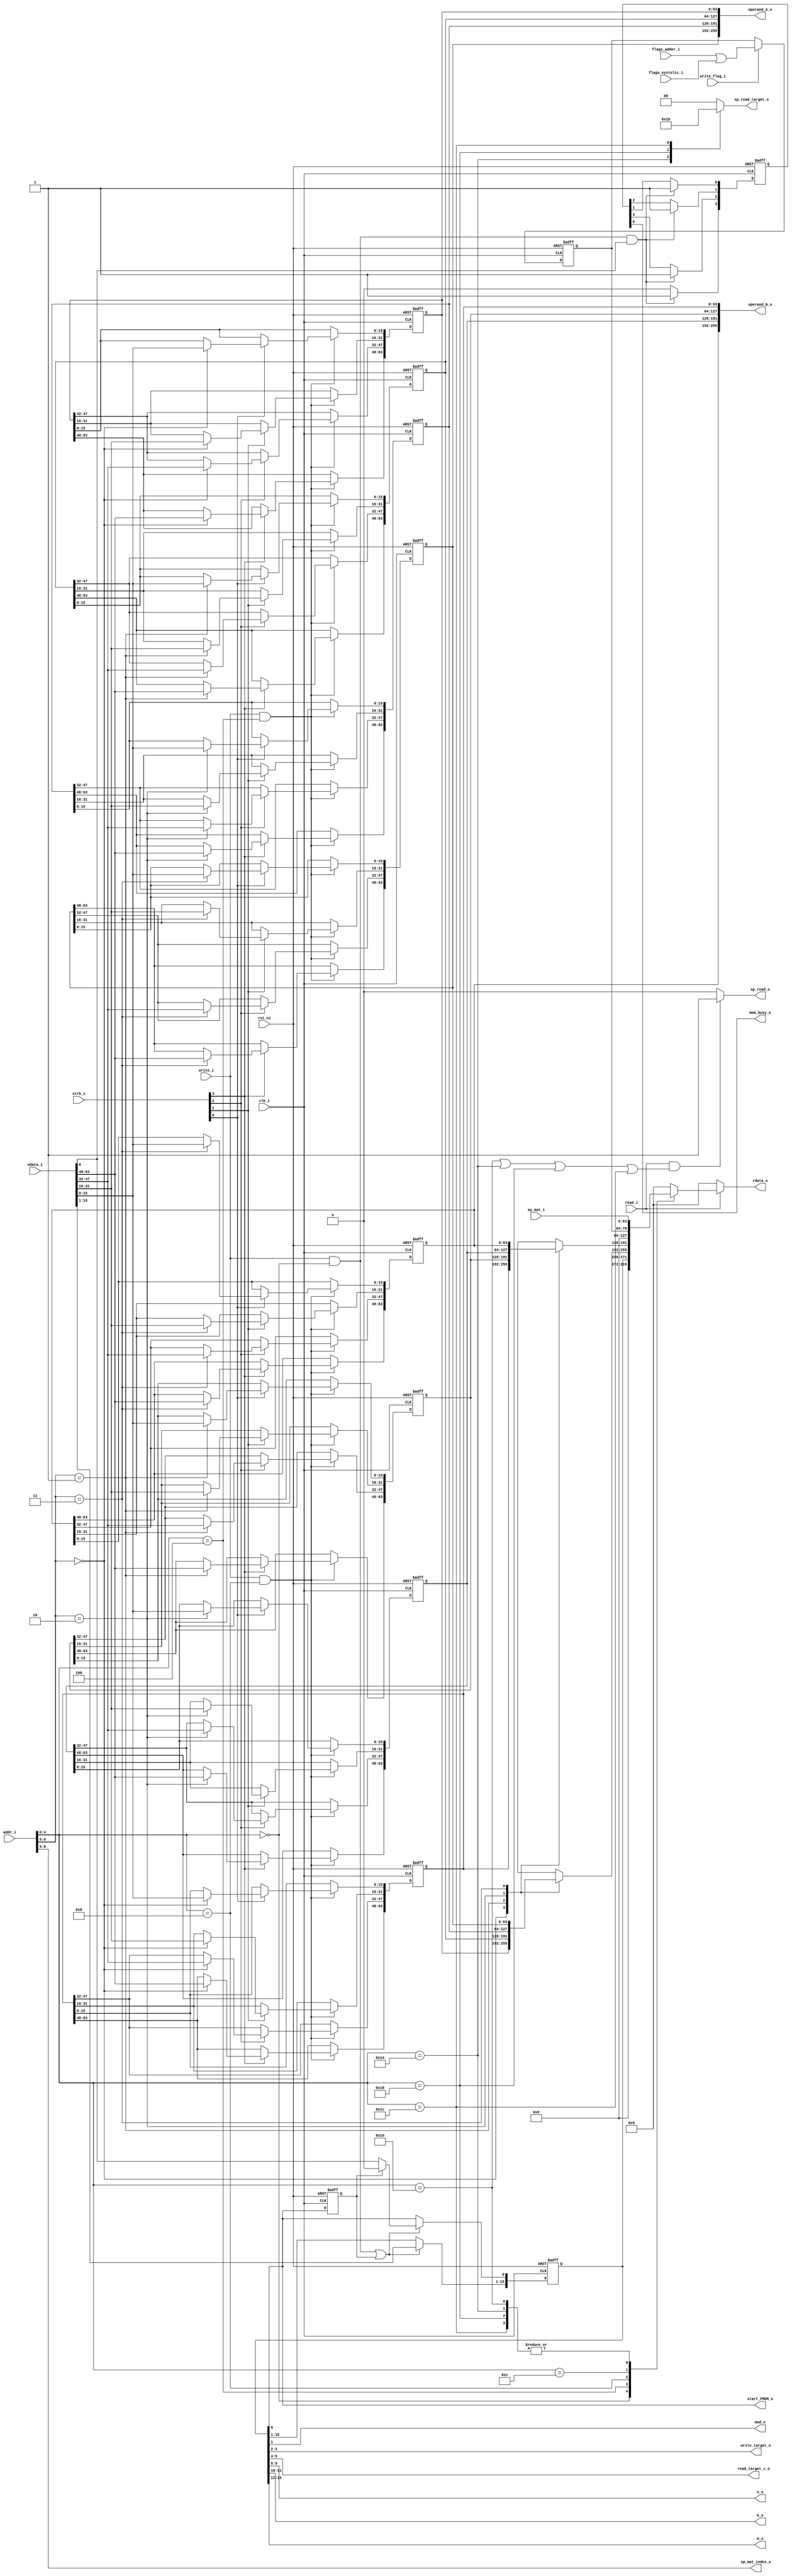
//
// Verilog Module Multiplexer_Accelarator_lib.memory_decoder
//
// Created:
//          by - rossy.UNKNOWN (SHOHAM)
//          at - 22:16:17 01/21/2024
//
// using Mentor Graphics HDL Designer(TM) 2019.2 (Build 5)
//

`resetall
`timescale 1ns/10ps
module memory(clk_i, rst_ni, sp_mat_i, addr_i, read_i, write_i, wdata_i, flags_adder_i, flags_systolic_i, write_flag_i,strb_i, rdata_o, mod_o, 
 sp_read_o, sp_read_target_o, operand_A_o, operand_B_o, start_FMEM_o, write_target_o, read_target_c_o, sp_mat_index_o,  n_o, k_o, m_o, mem_busy_o);



	// PARAMERES
    parameter DATA_WIDTH = 16; // width of the data BUS in bits
	parameter BUS_WIDTH = 64; // width of the BUS in bits
	parameter ADDR_WIDTH = 16; // width of addres BUS in bits
	localparam MAX_DIM = BUS_WIDTH/DATA_WIDTH; // max dimension of the matrix
	parameter SP_NTARGETS = 4; // number of optionally matrix targets in ScratchPad 
	
	input wire clk_i; // clock
	input wire rst_ni; // reset

	input wire [ADDR_WIDTH-1:0] addr_i; // 
	input wire [BUS_WIDTH-1:0] wdata_i;
	input wire write_i; // write signal from the apb module
	input wire read_i; // read signal from the apb module

	input wire [BUS_WIDTH-1:0] sp_mat_i; // matrix element that arrives from ScratchPad module
	input wire [MAX_DIM**2-1:0] flags_adder_i; // vector of carries that arrives from the Adder module
	input wire [MAX_DIM**2-1:0] flags_systolic_i; // vector of carries that arrives from the systolic array module
	input wire write_flag_i; // signal from the control that tells to write the carries to the flags register
	input wire [MAX_DIM-1:0] strb_i;


	output reg [BUS_WIDTH-1:0] rdata_o; // transfer element from this module to the APB module
	output wire mod_o; // tells the Adder module which operation to execute
	
	output wire [BUS_WIDTH*MAX_DIM-1:0] operand_A_o; // the first operand to multiply - assigned to the buffers module
	output wire [BUS_WIDTH*MAX_DIM-1:0] operand_B_o; // the second operand to multiply - assigned to the buffers module
	
	output reg [SP_NTARGETS/4:0] sp_read_target_o; // the target to read from ScratchPad
	output reg sp_read_o; // read from the ScratchPad
	output wire [MAX_DIM-1:0] sp_mat_index_o;
	
	output wire start_FMEM_o; // tells the control to start the multiply operation
	output wire [1:0] write_target_o; // tells the control what is the target to write in ScratchPad
	output wire [1:0] read_target_c_o; // tells the control what is the target to read from the ScratchPad as Matrix C

	output wire [1:0] n_o;
	output wire [1:0] k_o;
	output wire [1:0] m_o;
	
	output wire mem_busy_o;
	
	reg [15:0] control; // control register
	reg [DATA_WIDTH*MAX_DIM-1:0] matA [MAX_DIM-1:0]; // register that contains Matrix A
	reg [DATA_WIDTH*MAX_DIM-1:0] matB [MAX_DIM-1:0]; // register that contains Matrix B
	reg [MAX_DIM**2-1:0] flags; // register that contains the union of the carries vectors(from systolic array and Adder modules)
	reg rststart;
	reg [3:0] busy_line;

	wire [MAX_DIM/4:0] mat_index; // index to operate(read/write) in Matrix
	
	integer i;
	integer m; 
	always @(posedge clk_i or negedge rst_ni) begin: CONT
		if(!rst_ni)
		begin
			control <= 0; // clear control register
			for (i=0; i<MAX_DIM; i=i+1) matA[i] <= 0; // clear Matrix A
			for (i=0; i<MAX_DIM; i=i+1) matB[i] <= 0; // clear Matrix B
			flags <= 0; // clear register of carries
			rststart <= 0;
			busy_line <= 0;
		end
		else
		begin
			
			rststart <= control[0];
      
			if((write_i && addr_i[4:0] == 5'b00000) || rststart == 1) // conditions to write to the local registers
			begin
				if(rststart == 1)
					control[0] <= 0;
				else
					control[0] <= wdata_i[0];
				control[15:1] <= wdata_i[15:1]; // write from the apb module to the control register
			end
			if(write_i && addr_i[4:0] == 5'b00100) // conditions to write to the local registers
			begin
			  for(m=0;m<MAX_DIM;m=m+1)
			  begin
			    if(strb_i[m] == 1'b1)
				    matA[mat_index][DATA_WIDTH*(m+1)-1 -:DATA_WIDTH] <= wdata_i[DATA_WIDTH*(m+1)-1 -:DATA_WIDTH]; // write from the apb module to the Matrix A register
				end
			end
			if(write_i && addr_i[4:0] == 5'b01000) // conditions to write to the local registers
			begin
				for(m=0;m<MAX_DIM;m=m+1)
			  begin
			    if(strb_i[m] == 1'b1)
				    matB[mat_index][DATA_WIDTH*(m+1)-1 -:DATA_WIDTH] <= wdata_i[DATA_WIDTH*(m+1)-1 -:DATA_WIDTH]; // write from the apb module to the Matrix B register
				end
			end
			if(write_flag_i) // conditions to write to the local registers
			begin
				flags <= flags_adder_i | flags_systolic_i; // final carries register is generated by the OR operation between 2 carries vectors 
			end
			
			if (write_i && addr_i[4:0] == 5'b00000 && wdata_i[0] == 1)
			begin
			  busy_line <= 4'b1111;
			end
			else
			begin
			  busy_line[3] <= 0;
			  busy_line[2] <= busy_line[3];
			  busy_line[1] <= busy_line[2];
			  busy_line[0] <= busy_line[1];
			end
		end
	end
	
	always @*
	begin:RDATA_ASSIGN
	  rdata_o = 0;
		if(read_i) // read request from the apb module
		begin
		
			case(addr_i[4:0]) // export data to apb via address 
			5'b00000: 
				rdata_o = {{(BUS_WIDTH-16){1'b0}}, control}; // export control register to apb module
			5'b00100:
				rdata_o = matA[mat_index]; // export element of Matrix A to the apb module
			5'b01000:
				rdata_o = matB[mat_index]; // export element of Matrix B to the apb module
			5'b01100:
				rdata_o = {{(BUS_WIDTH-MAX_DIM**2){1'b0}}, flags}; // export the carries register to the apb module
			5'b10000:
				rdata_o = sp_mat_i; // export dedicated element of chosen matrix from ScratchPad module 
			5'b10100:
				rdata_o = sp_mat_i; // export dedicated element of chosen matrix from ScratchPad module 
			5'b11000:
				rdata_o = sp_mat_i; // export dedicated element of chosen matrix from ScratchPad module 
			5'b11100:
				rdata_o = sp_mat_i; // export dedicated element of chosen matrix from ScratchPad module 
			default:
				rdata_o = 0;
			endcase
		end
	end


	case(SP_NTARGETS)
	// case of 4 matrixes targets in ScratchPad
	4: begin
		always @*
		begin: sp_addr
			case(addr_i[4:0])
			5'b10000:
				sp_read_target_o = 2'b00; // first target to read from the ScratchPad
			5'b10100:
				sp_read_target_o = 2'b01; // second target to read from the ScratchPad
			5'b11000:
				sp_read_target_o = 2'b10; // third target to read from the ScratchPad
			5'b11100:
				sp_read_target_o = 2'b11; // fourth target to read from the ScratchPad
			default:
				sp_read_target_o = 2'b00;
			endcase
			
		end
	end
	// case of 2 matrixes targets in ScratchPad
	2: begin
		always @*
		begin: sp_addr
			case(addr_i[4:0])
			5'b10000:
				sp_read_target_o = 1'b0; // first target to read from the ScratchPad
			5'b10100:
				sp_read_target_o = 1'b1; // second target to read from the ScratchPad
			default:
				sp_read_target_o = 1'b0;
			endcase
			
		end
	end
	// case of 1 matrixes target in ScratchPad
	1: begin
		always @*
		begin: sp_addr
			sp_read_target_o = 1'b0; // target to read from the ScratchPad
		end
		end
	endcase



	case(SP_NTARGETS)
	// case of 4 matrixes targets in ScratchPad
	4: begin
		always @*
		begin: sp_reado
			if(read_i && (addr_i[4:0] == 5'b10000 || addr_i[4:0] == 5'b10100 || addr_i[4:0] == 5'b11000 || addr_i[4:0] == 5'b11100)) // conditions to read to the local registers from the ScratchPad module
				sp_read_o = 1'b1;
			else
				sp_read_o = 1'b0;
		end
	end
	// case of 2 matrixes targets in ScratchPad
	2: begin
		always @*
		begin: sp_reado
			if(read_i && (addr_i[4:0] == 5'b10000 || addr_i[4:0] == 5'b10100)) // conditions to read to the local registers from the ScratchPad module
				sp_read_o = 1'b1;
			else
				sp_read_o = 1'b0;
		end
	end
	// case of 1 matrix targets in ScratchPad
	1: begin
		always @*
		begin: sp_reado
			if(read_i && addr_i[4:0] == 5'b10000) // conditions to read to the local registers from the ScratchPad module
				sp_read_o = 1'b1;
			else
				sp_read_o = 1'b0;
		end
		end
	endcase


	generate
	case(MAX_DIM)
	4: assign mat_index = addr_i[6:5]; // sub - addressing (in case of 4 we need 2 bit)
	default: assign mat_index = addr_i[5]; // sub - addressing (in case of 1,2 we need 1 bit)
	endcase
	endgenerate

	generate
	case(MAX_DIM)
	4: assign sp_mat_index_o = addr_i[8:5];// 
	2: assign sp_mat_index_o = addr_i[6:5]; // sub - addressing (in case of 4 we need 2 bit)
	default: assign sp_mat_index_o = addr_i[5]; // sub - addressing (in case of 1,2 we need 1 bit)
	endcase
	endgenerate


	assign start_FMEM_o = control[0]; // start bit - connected to the control module
	assign mod_o = control[1]; // mod bit - connected to the control and Adder modules
	assign write_target_o = control[3:2]; // matrix write target - connected to the control (the final target is in the ScratchPad)
	assign read_target_c_o = control[5:4];// matrix C read target - connected to the control (the final target is in the ScratchPad)
	assign n_o = control[9:8];
	assign k_o = control[11:10];
	assign m_o = control[13:12];
	assign mem_busy_o = busy_line[0];

	genvar j;
	generate
	for (j=0; j<MAX_DIM; j=j+1)
		assign operand_A_o[BUS_WIDTH*(j+1)-1 -:BUS_WIDTH] = matA[j]; // assisn the register of matrix A to the output => buffers nodule
	endgenerate
	generate
	for (j=0; j<MAX_DIM; j=j+1)
		assign operand_B_o[BUS_WIDTH*(j+1)-1 -:BUS_WIDTH] = matB[j]; // assisn the register of matrix B to the output => buffers nodule
	endgenerate

endmodule